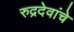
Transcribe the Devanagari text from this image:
रुद्रदेवांचे